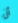
أن